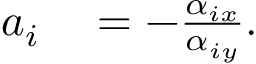
\begin{array} { r l } { a _ { i } } & { { } = - \frac { \alpha _ { i x } } { \alpha _ { i y } } . } \end{array}